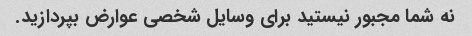
نه شما مجبور نیستید برای وسایل شخصی عوارض بپردازید.